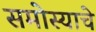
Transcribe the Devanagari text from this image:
समोस्याचे